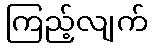
ကြည့်လျက်